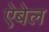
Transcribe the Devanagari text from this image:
ऐबेल